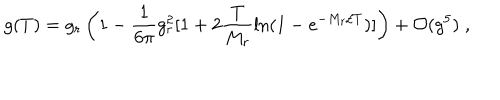
g ( T ) = g _ { r } \left( 1 - \frac { 1 } { 6 \pi } g _ { r } ^ { 2 } [ 1 + 2 \frac { T } { M _ { r } } \mathrm { l n } ( 1 - e ^ { - M _ { r } / T } ) ] \right) + { \cal O } ( g ^ { 5 } ) \; ,